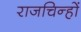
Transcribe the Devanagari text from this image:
राजचिन्हों